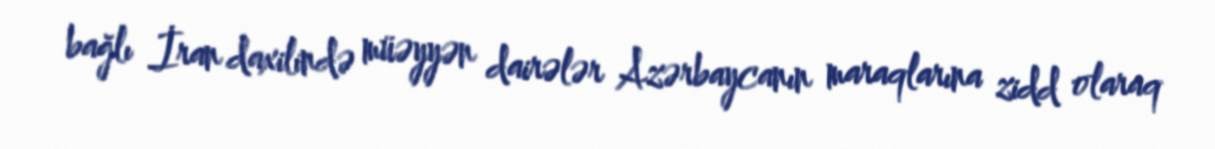
bağlı İran daxilində müəyyən dairələr Azərbaycanın maraqlarına zidd olaraq